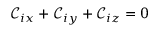
\mathcal { C } _ { i x } + \mathcal { C } _ { i y } + \mathcal { C } _ { i z } = 0